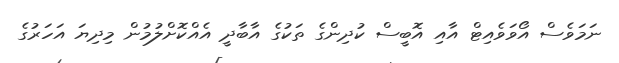
ނަމަވެސް އޯވަވެއިޓް އާއި އޮބީސް ކުދިންގެ ތަކުގެ އާބާދީ އެއްކޮށްލުމުން މިދިޔަ އަހަރުގެ